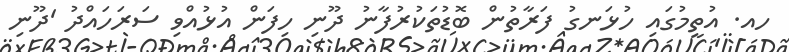
ހއ. އުތީމުގައި ހުޅަނގު ފަރާތުން ބޮޑުތަކުރުފާނު ދޫނި ހިފަން އުޅުއްވި ސަރަހައްދު 'ދޫނި